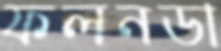
ফলনডা